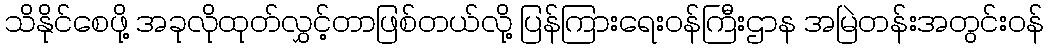
သိနိုင်စေဖို့ အခုလိုထုတ်လွှင့်တာဖြစ်တယ်လို့ ပြန်ကြားရေးဝန်ကြီးဌာန အမြဲတန်းအတွင်းဝန်